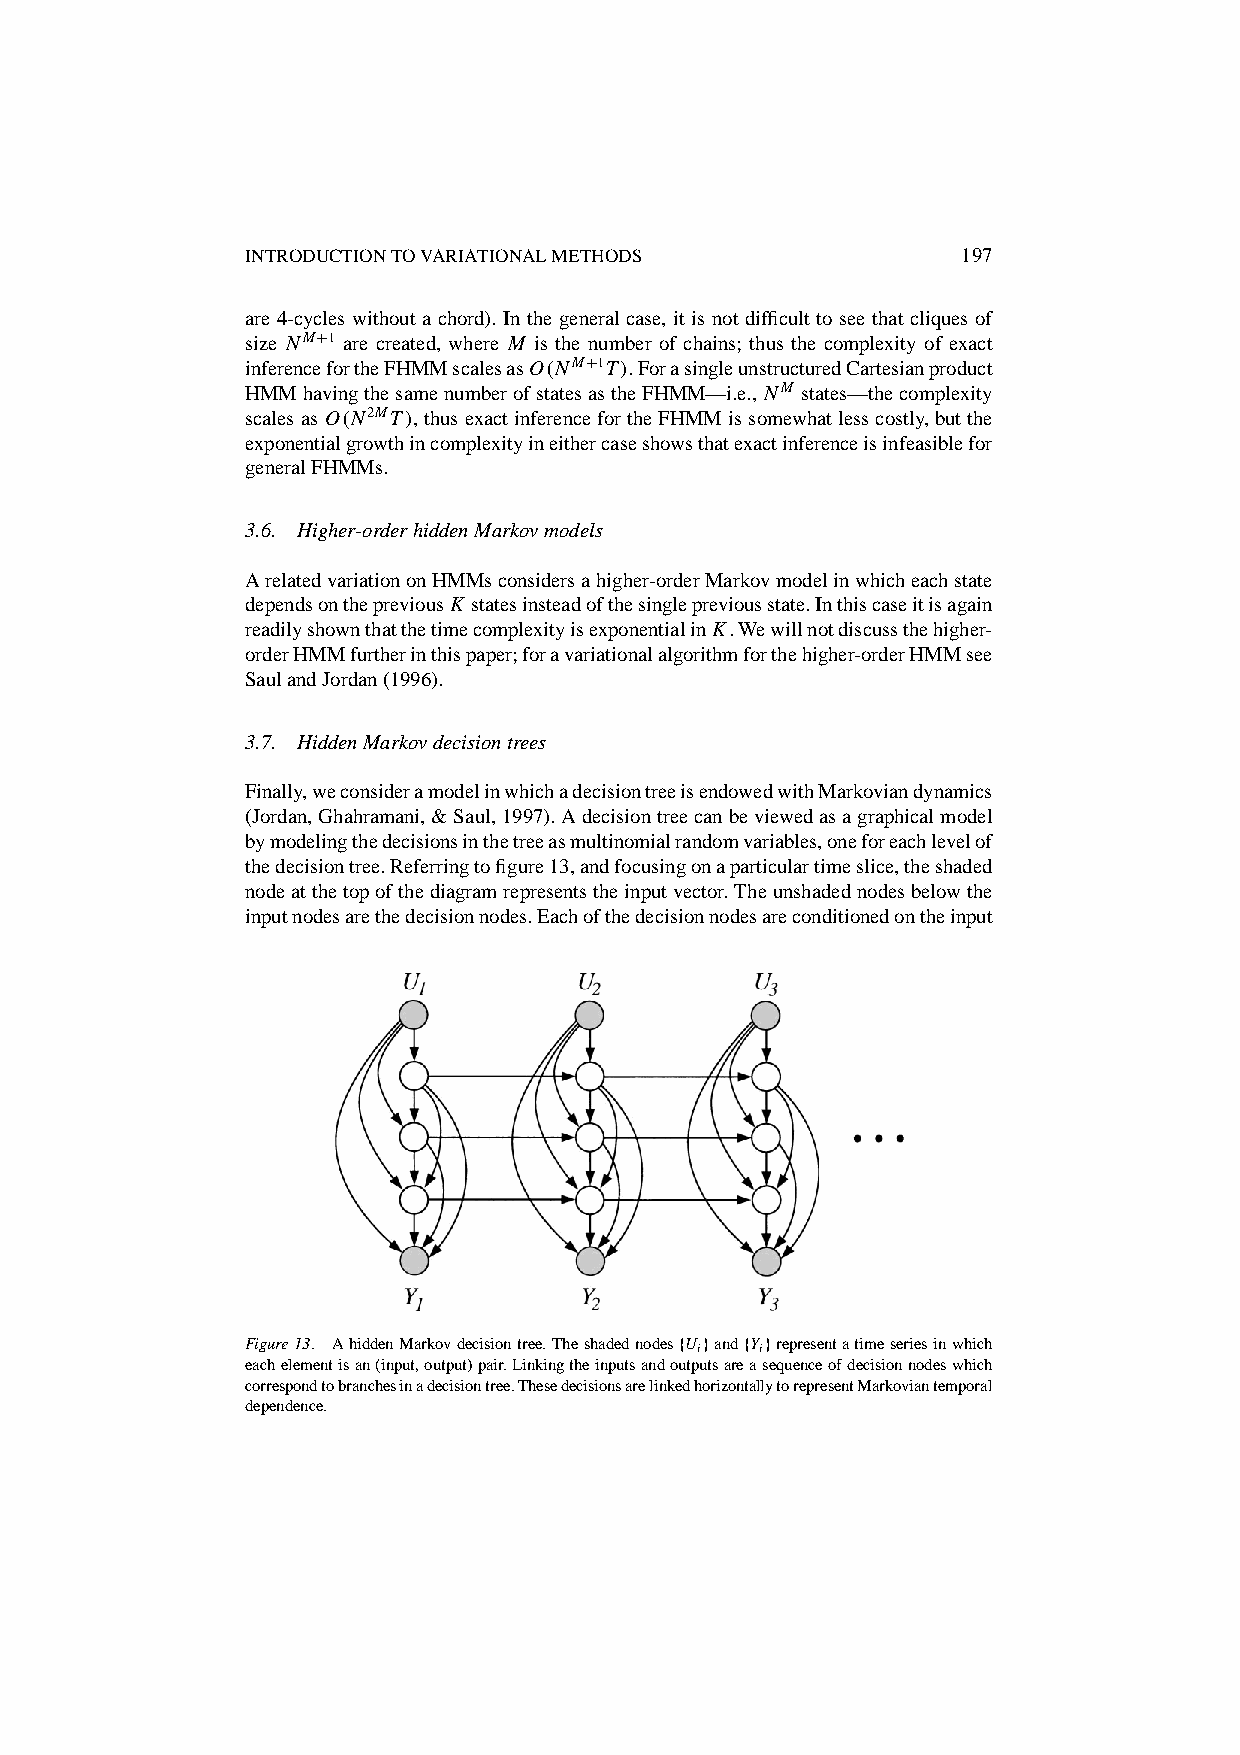
INTRODUCTIONTOVARIATIONALMETHODS                197
 are 4-cycles without a chord). In the general case, it is not difficult to see that cliques of
 size NMC1 are created, where M is the number of chains; thus the complexity of exact
 inferencefortheFHMMscalesasO.NMC1T/.ForasingleunstructuredCartesianproduct
 HMMhavingthesamenumberofstatesastheFHMM—i.e., NM states—thecomplexity
 scalesas O.N2MT/,thusexactinferencefortheFHMMissomewhatlesscostly,butthe
 exponentialgrowthincomplexityineithercaseshowsthatexactinferenceisinfeasiblefor
 generalFHMMs.
 3.6. Higher-orderhiddenMarkovmodels
 ArelatedvariationonHMMsconsidersahigher-orderMarkovmodelinwhicheachstate
 dependsonthepreviousK statesinsteadofthesinglepreviousstate.Inthiscaseitisagain
 readilyshownthatthetimecomplexityisexponentialinK.Wewillnotdiscussthehigher-
 orderHMMfurtherinthispaper;foravariationalalgorithmforthehigher-orderHMMsee
 SaulandJordan(1996).
 3.7. HiddenMarkovdecisiontrees
 Finally,weconsideramodelinwhichadecisiontreeisendowedwithMarkoviandynamics
 (Jordan,Ghahramani,&Saul,1997).Adecisiontreecanbeviewedasagraphicalmodel
 bymodelingthedecisionsinthetreeasmultinomialrandomvariables,oneforeachlevelof
 thedecisiontree.Referringtofigure13,andfocusingonaparticulartimeslice,theshaded
 nodeatthetopofthediagramrepresentstheinputvector.Theunshadednodesbelowthe
 inputnodesarethedecisionnodes.Eachofthedecisionnodesareconditionedontheinput
 Figure13. AhiddenMarkovdecisiontree.TheshadednodesfUigandfYigrepresentatimeseriesinwhich
 eachelementisan(input,output)pair.Linkingtheinputsandoutputsareasequenceofdecisionnodeswhich
 correspondtobranchesinadecisiontree.ThesedecisionsarelinkedhorizontallytorepresentMarkoviantemporal
 dependence.